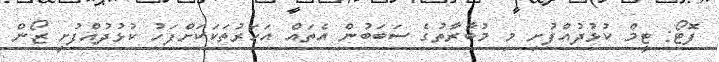
ފޮޓޯ: ޓީމް ކުޅުދުއްފުށި މި މުބާރާތުގެ ސަބަބުން އެތައް އަހަރުތަކަކަށްފަހު ކުޅުދުއްފުށީ ޒޯން